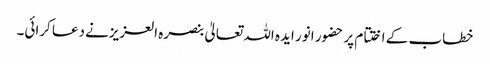
خطاب کے اختتام پر حضور انور ایدہ اللہ تعالیٰ بنصرہ العزیزنےدعا کرائی۔